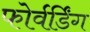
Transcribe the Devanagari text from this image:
फोर्वर्डिंग